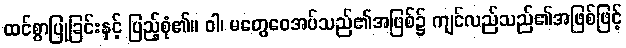
ထင်စွာပြုခြင်းနှင့် ပြည့်စုံ၏။ ဝါ၊ မတွေဝေအပ်သည်၏အဖြစ်၌ ကျင်လည်သည်၏အဖြစ်ဖြင့်